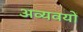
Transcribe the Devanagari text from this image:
अव्यवयों